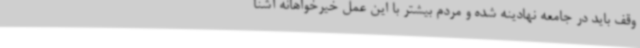
وقف باید در جامعه نهادینه شده و مردم بیشتر با این عمل خیرخواهانه آشنا